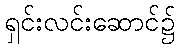
ရှင်းလင်းဆောင်၌